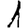
Digit: 1